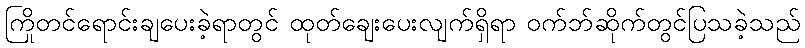
ကြိုတင်ရောင်းချပေးခဲ့ရာတွင် ထုတ်ချေးပေးလျက်ရှိရာ ဝက်ဘ်ဆိုက်တွင်ပြသခဲ့သည်